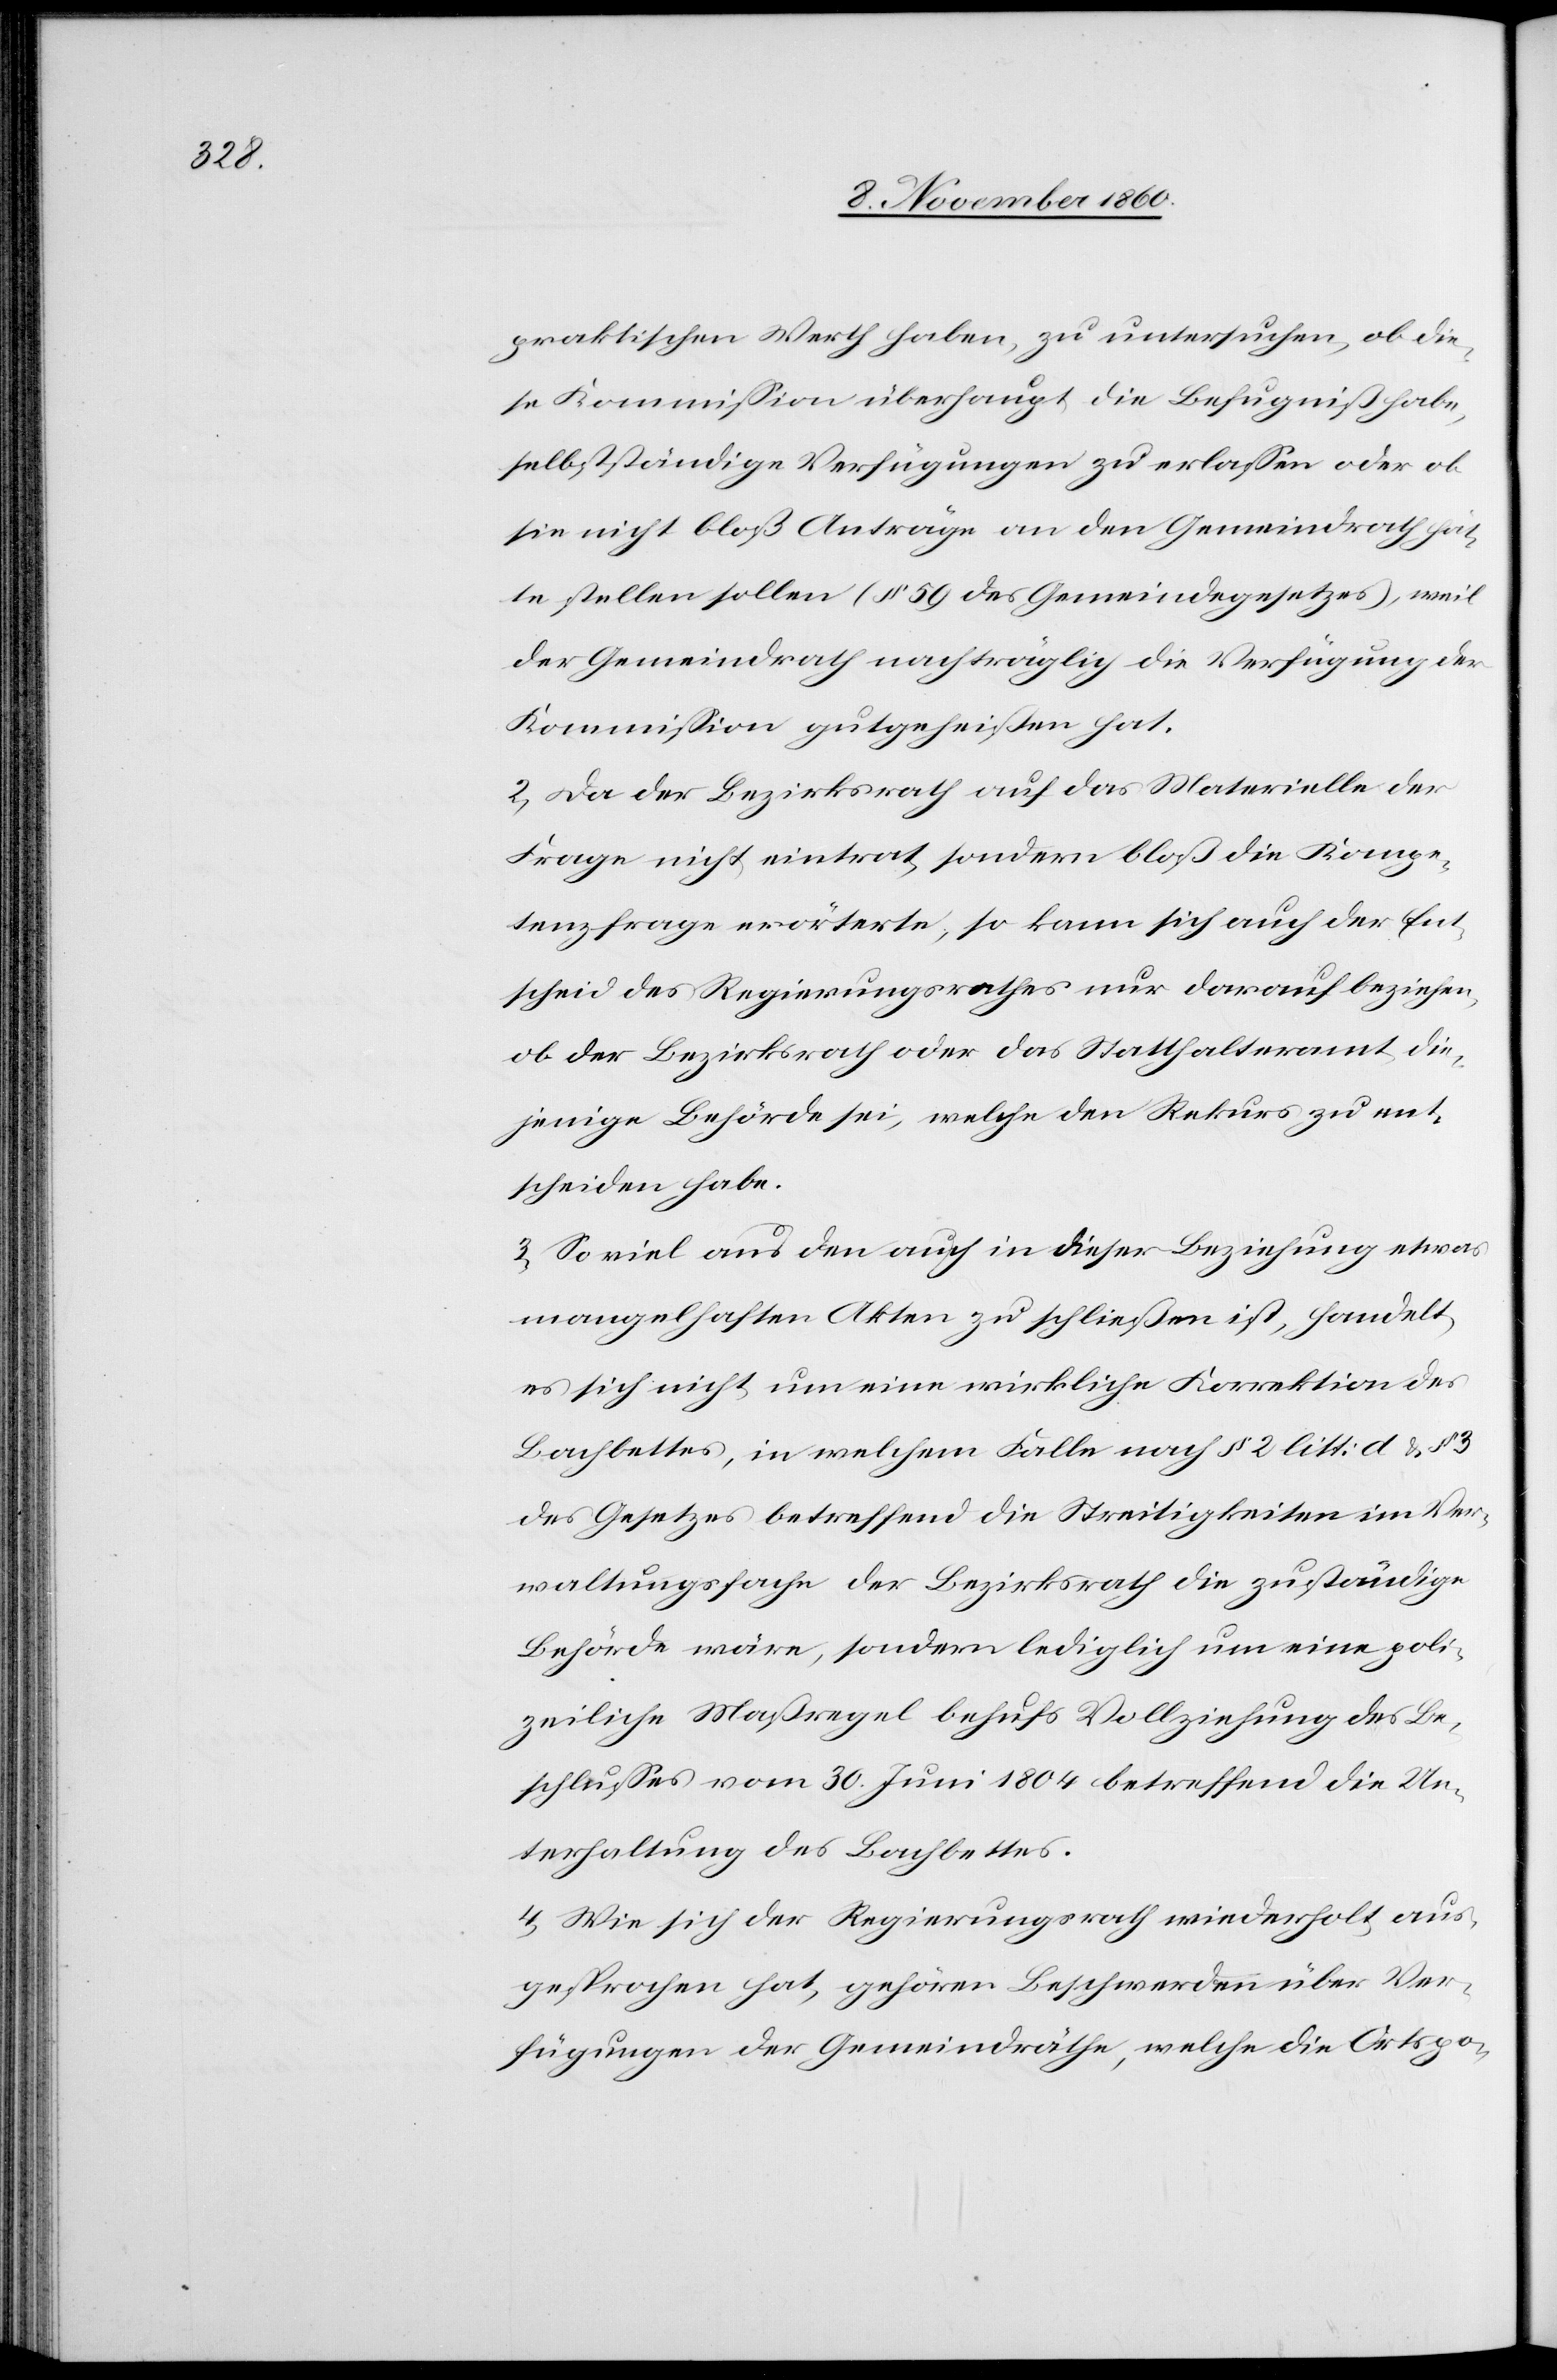
praktischen Werth haben, zu untersuchen, ob die¬
se Kommission überhaupt die Befugniß habe,
selbstständige Verfügungen zu erlassen oder ob
sie nicht bloß Anträge an den Gemeindrath hät¬
te stellen sollen (§ 59 des Gemeindegesetzes), weil
der Gemeindrath nachträglich die Verfügung der
Kommission gutgeheißen hat.
2. Da der Bezirksrath auf das Materielle der
Frage nicht eintrat, sondern bloß die Kompe¬
tenzfrage erörterte, so kann sich auch der Ent¬
scheid des Regierungsrathes nur darauf beziehen,
ob der Bezirksrath oder das Statthalteramt die¬
jenige Behörde sei, welche den Rekurs zu ent¬
scheiden habe.
3. So viel aus den auch in dieser Beziehung etwas
mangelhaften Akten zu schließen ist, handelt
es sich nicht um eine wirkliche Korrektion des
Bachbettes, in welchem Falle nach § 2 litt d u. § 13
des Gesetzes betreffend die Streitigkeiten im Ver¬
waltungsfache der Bezirksrath die zuständige
Behörde wäre, sondern lediglich um eine poli¬
tische Maßregel behufs Vollziehung des Be¬
schlusses vom 30. Juni 1804 betreffend die Un¬
terhaltung des Bachbettes.
4. Wie sich der Regierungsrath wiederholt aus¬
gesprochen hat, gehören Beschwerden über Ver¬
fügungen der Gemeindräthe, welche die Ortspo-